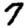
Digit: 7